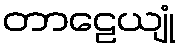
တာဠေယျုံ